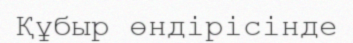
Құбыр өндірісінде